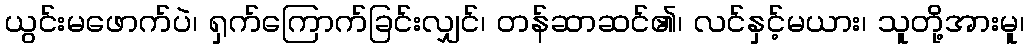
ယွင်းမဖောက်ပဲ၊ ရှက်ကြောက်ခြင်းလျှင်၊ တန်ဆာဆင်၏၊ လင်နှင့်မယား၊ သူတို့အားမူ၊